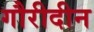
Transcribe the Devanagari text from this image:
गौरीदीन